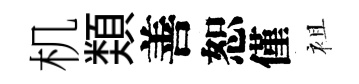
机𩔖善恕僅袓